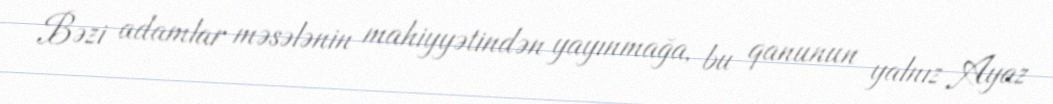
Bəzi adamlar məsələnin mahiyyətindən yayınmağa, bu qanunun yalnız Ayaz